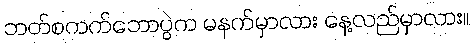
ဘတ်စကက်ဘောပွဲက မနက်မှာလား နေ့လည်မှာလား။